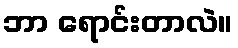
ဘာ ရောင်းတာလဲ။